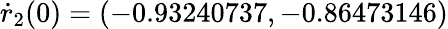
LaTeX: \dot{r}_{2}(0)=(-0.93240737,-0.86473146)